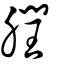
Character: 膶